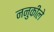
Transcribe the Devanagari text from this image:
ननुकीले